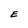
Character: E